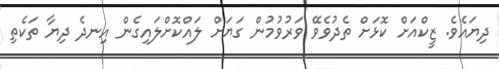
ދިޔައެވެ. ޒީކްއަށް ކޮޅަށް ތެދުވެވޭ ވަރުވުމުން ގަޔަށް ލައްކޮށްލައިގެން އިނދެ ދިޔާ ތަކެތި